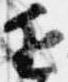
近